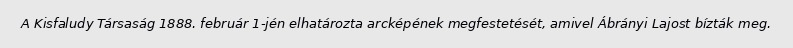
A Kisfaludy Társaság 1888. február 1-jén elhatározta arcképének megfestetését, amivel Ábrányi Lajost bízták meg.